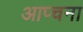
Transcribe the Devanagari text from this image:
आप्चना